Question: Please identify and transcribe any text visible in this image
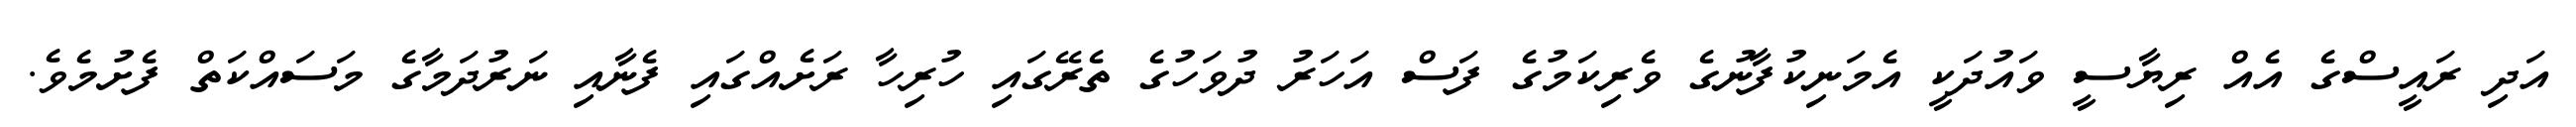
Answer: އަދި ރައީސްގެ އެއް ރިޔާސީ ވައުދަކީ އެމަނިކުފާނުގެ ވެރިކަމުގެ ފަސް އަހަރު ދުވަހުގެ ތެރޭގައި ހުރިހާ ރަށެއްގައި ފެނާއި ނަރުދަމާގެ މަސައްކަތް ފެށުމެވެ.